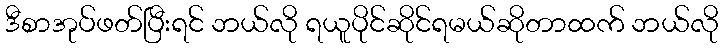
ဒီစာအုပ်ဖတ်ပြီးရင် ဘယ်လို ရယူပိုင်ဆိုင်ရမယ်ဆိုတာထက် ဘယ်လို